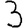
Digit: 3